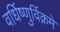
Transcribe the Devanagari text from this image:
वर्धिष्णुर्विक्रमे